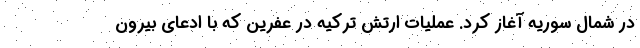
در شمال سوریه آغاز کرد. عملیات ارتش ترکیه در عفرین که با ادعای بیرون